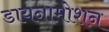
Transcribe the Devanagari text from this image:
डायनामोशन